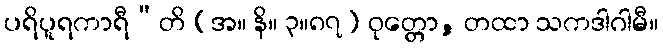
ပရိပူရကာရီ”တိ (အ။ နိ။ ၃။၈၇) ဝုတ္တော, တထာ သကဒါဂါမီ။